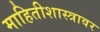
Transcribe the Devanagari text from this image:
माहितीशास्त्रावर